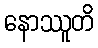
နောဿူတိ